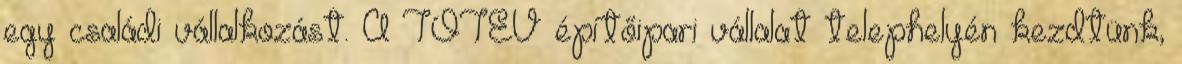
egy családi vállalkozást. A TOTÉV építőipari vállalat telephelyén kezdtünk,